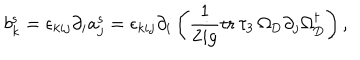
LaTeX: b _ { k } ^ { \mathrm { s } } = \epsilon _ { k i j } \partial _ { i } a _ { j } ^ { \mathrm { s } } = \epsilon _ { k i j } \partial _ { i } \left( \frac { 1 } { 2 i g } \mathrm { t r } \, \tau _ { 3 } \, \Omega _ { \mathrm { D } } \partial _ { j } \Omega _ { \mathrm { D } } ^ { \dagger } \right) ,